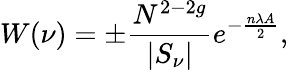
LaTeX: W(\nu)=\pm\frac{N^{2-2g}}{|S_{\nu}|}e^{-\frac{n\lambda A}{2}},